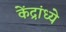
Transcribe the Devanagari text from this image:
केंद्रांध्ये